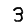
Digit: 3